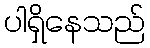
ပါရှိနေသည်